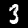
Label: 3